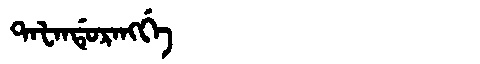
Manchu: ᡨᠠᡶᠠᠨᡩᡠᡵᠠᠩᡤᡝ
Romanization: TAFANDURANGGE